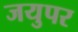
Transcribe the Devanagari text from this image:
जयुपर